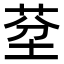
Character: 𦯀